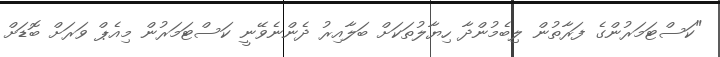
"ކަސްޓަމަރުންގެ ފަރާތުން ލިބެމުންދާ ހިޔާލުތަކަށް ބަލާއިރު ދެންނެވޭނީ ކަސްޓަމަރުން މިއެޕް ވަރަށް ބޮޑަށް